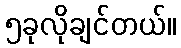
၅ခုလိုချင်တယ်။